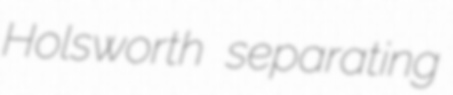
Holsworth separating